Scottish Leaving Certificate Examination, 1956
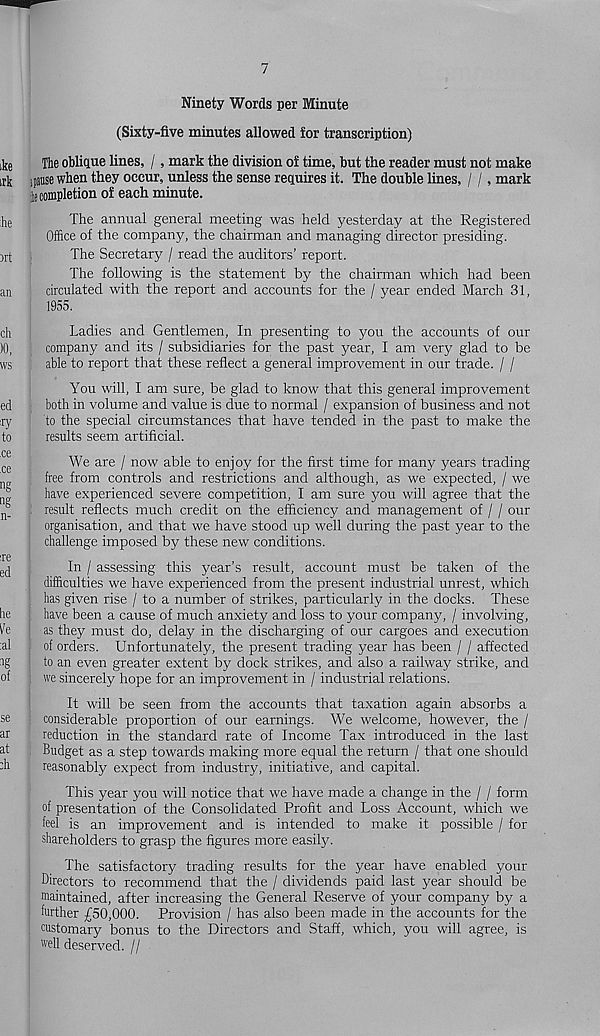
7
Ninety Words per Minute
(Sixty-five minutes allowed for transcription)
The oblique lines, /, mark the division of time, but the reader must not make
ipse when they occur, unless the sense requires it. The double lines, / /, mark
Ik completion of each minute.
The annual general meeting was held yesterday at the Registered
Office of the company, the chairman and managing director presiding.
The Secretary / read the auditors’ report.
The following is the statement by the chairman which had been
circulated with the report and accounts for the / year ended March 31,
1955.
Ladies and Gentlemen, In presenting to you the accounts of our
company and its / subsidiaries for the past year, I am very glad to be
; able to report that these reflect a general improvement in our trade. / /
You will, I am sure, be glad to know that this general improvement
both in volume and value is due to normal / expansion of business and not
to the special circumstances that have tended in the past to make the
results seem artificial.
We are / now able to enjoy for the first time for many years trading
: free from controls and restrictions and although, as we expected, / we
have experienced severe competition, I am sure you will agree that the
. result reflects much credit on the efficiency and management of / / our
; organisation, and that we have stood up well during the past year to the
challenge imposed by these new conditions.
In / assessing this year’s result, account must be taken of the
difficulties we have experienced from the present industrial unrest, which
has given rise / to a number of strikes, particularly in the docks. These
have been a cause of much anxiety and loss to your company, / involving,
as they must do, delay in the discharging of our cargoes and execution
| of orders. Unfortunately, the present trading year has been / / affected
: to an even greater extent by dock strikes, and also a railway strike, and
we sincerely hope for an improvement in / industrial relations.
It will be seen from the accounts that taxation again absorbs a
. considerable proportion of our earnings. We welcome, however, the /
reduction in the standard rate of Income Tax introduced in the last
Budget as a step towards making more equal the return / that one should
reasonably expect from industry, initiative, and capital.
This year you will notice that we have made a change in the / / form
of presentation of the Consolidated Profit and Loss Account, which we
feel is an improvement and is intended to make it possible / for
shareholders to grasp the figures more easily.
The satisfactory trading results for the year have enabled your
^ Directors to recommend that the / dividends paid last year should be
maintained, after increasing the General Reserve of your company by a
further £50,000. Provision / has also been made in the accounts for the
customary bonus to the Directors and Staff, which, you will agree, is
I "'ell deserved. //